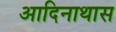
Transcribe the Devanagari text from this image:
आदिनाथास